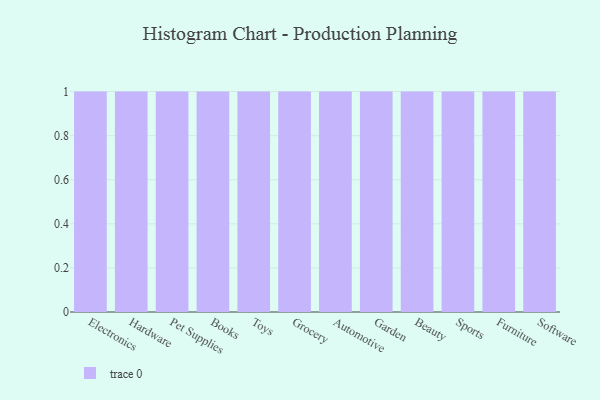
{"axis": {"x": "Category", "y": "Latency (ms)"}, "legend": [""], "data": [{"x": "Electronics", "y": 12, "type": ""}, {"x": "Hardware", "y": 99, "type": ""}, {"x": "Pet Supplies", "y": 73, "type": ""}, {"x": "Books", "y": 88, "type": ""}, {"x": "Toys", "y": 30, "type": ""}, {"x": "Grocery", "y": 28, "type": ""}, {"x": "Automotive", "y": 100, "type": ""}, {"x": "Garden", "y": 92, "type": ""}, {"x": "Beauty", "y": 38, "type": ""}, {"x": "Sports", "y": 59, "type": ""}, {"x": "Furniture", "y": 12, "type": ""}, {"x": "Software", "y": 68, "type": ""}]}